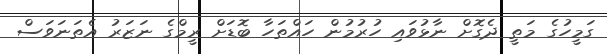
ގަމީހުގެ މަތީ ދެގޮށް ނާޅުވައި ހުރުމުން ހައްތަހާ ބޮޑަށް ރީމްގެ ނަޒަރު އެތަނަވަސް